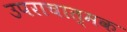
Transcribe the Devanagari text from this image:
उपराचात्मक